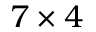
7 \times 4